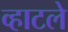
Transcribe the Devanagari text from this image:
व्हाटले